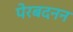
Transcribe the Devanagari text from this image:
पेरबदनन